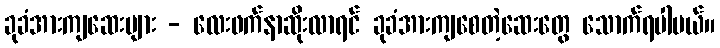
ခုခံအားကျဆေးများ - လေးဖက်နာဆိုးလာရင် ခုခံအားကျစေတဲ့ဆေးတွေ သောက်ရပါမယ်။